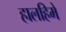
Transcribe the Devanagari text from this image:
हालहिमे